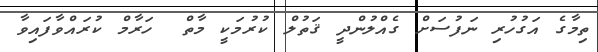
ތިމާގެ އަގުހުރި ނަފުސަށް ގެއްލުންދީ ޤަތުލް ކުރުމަކީ މާތް  ހަރާމް ކުރައްވާފައިވާ